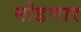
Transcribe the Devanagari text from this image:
मोडणार